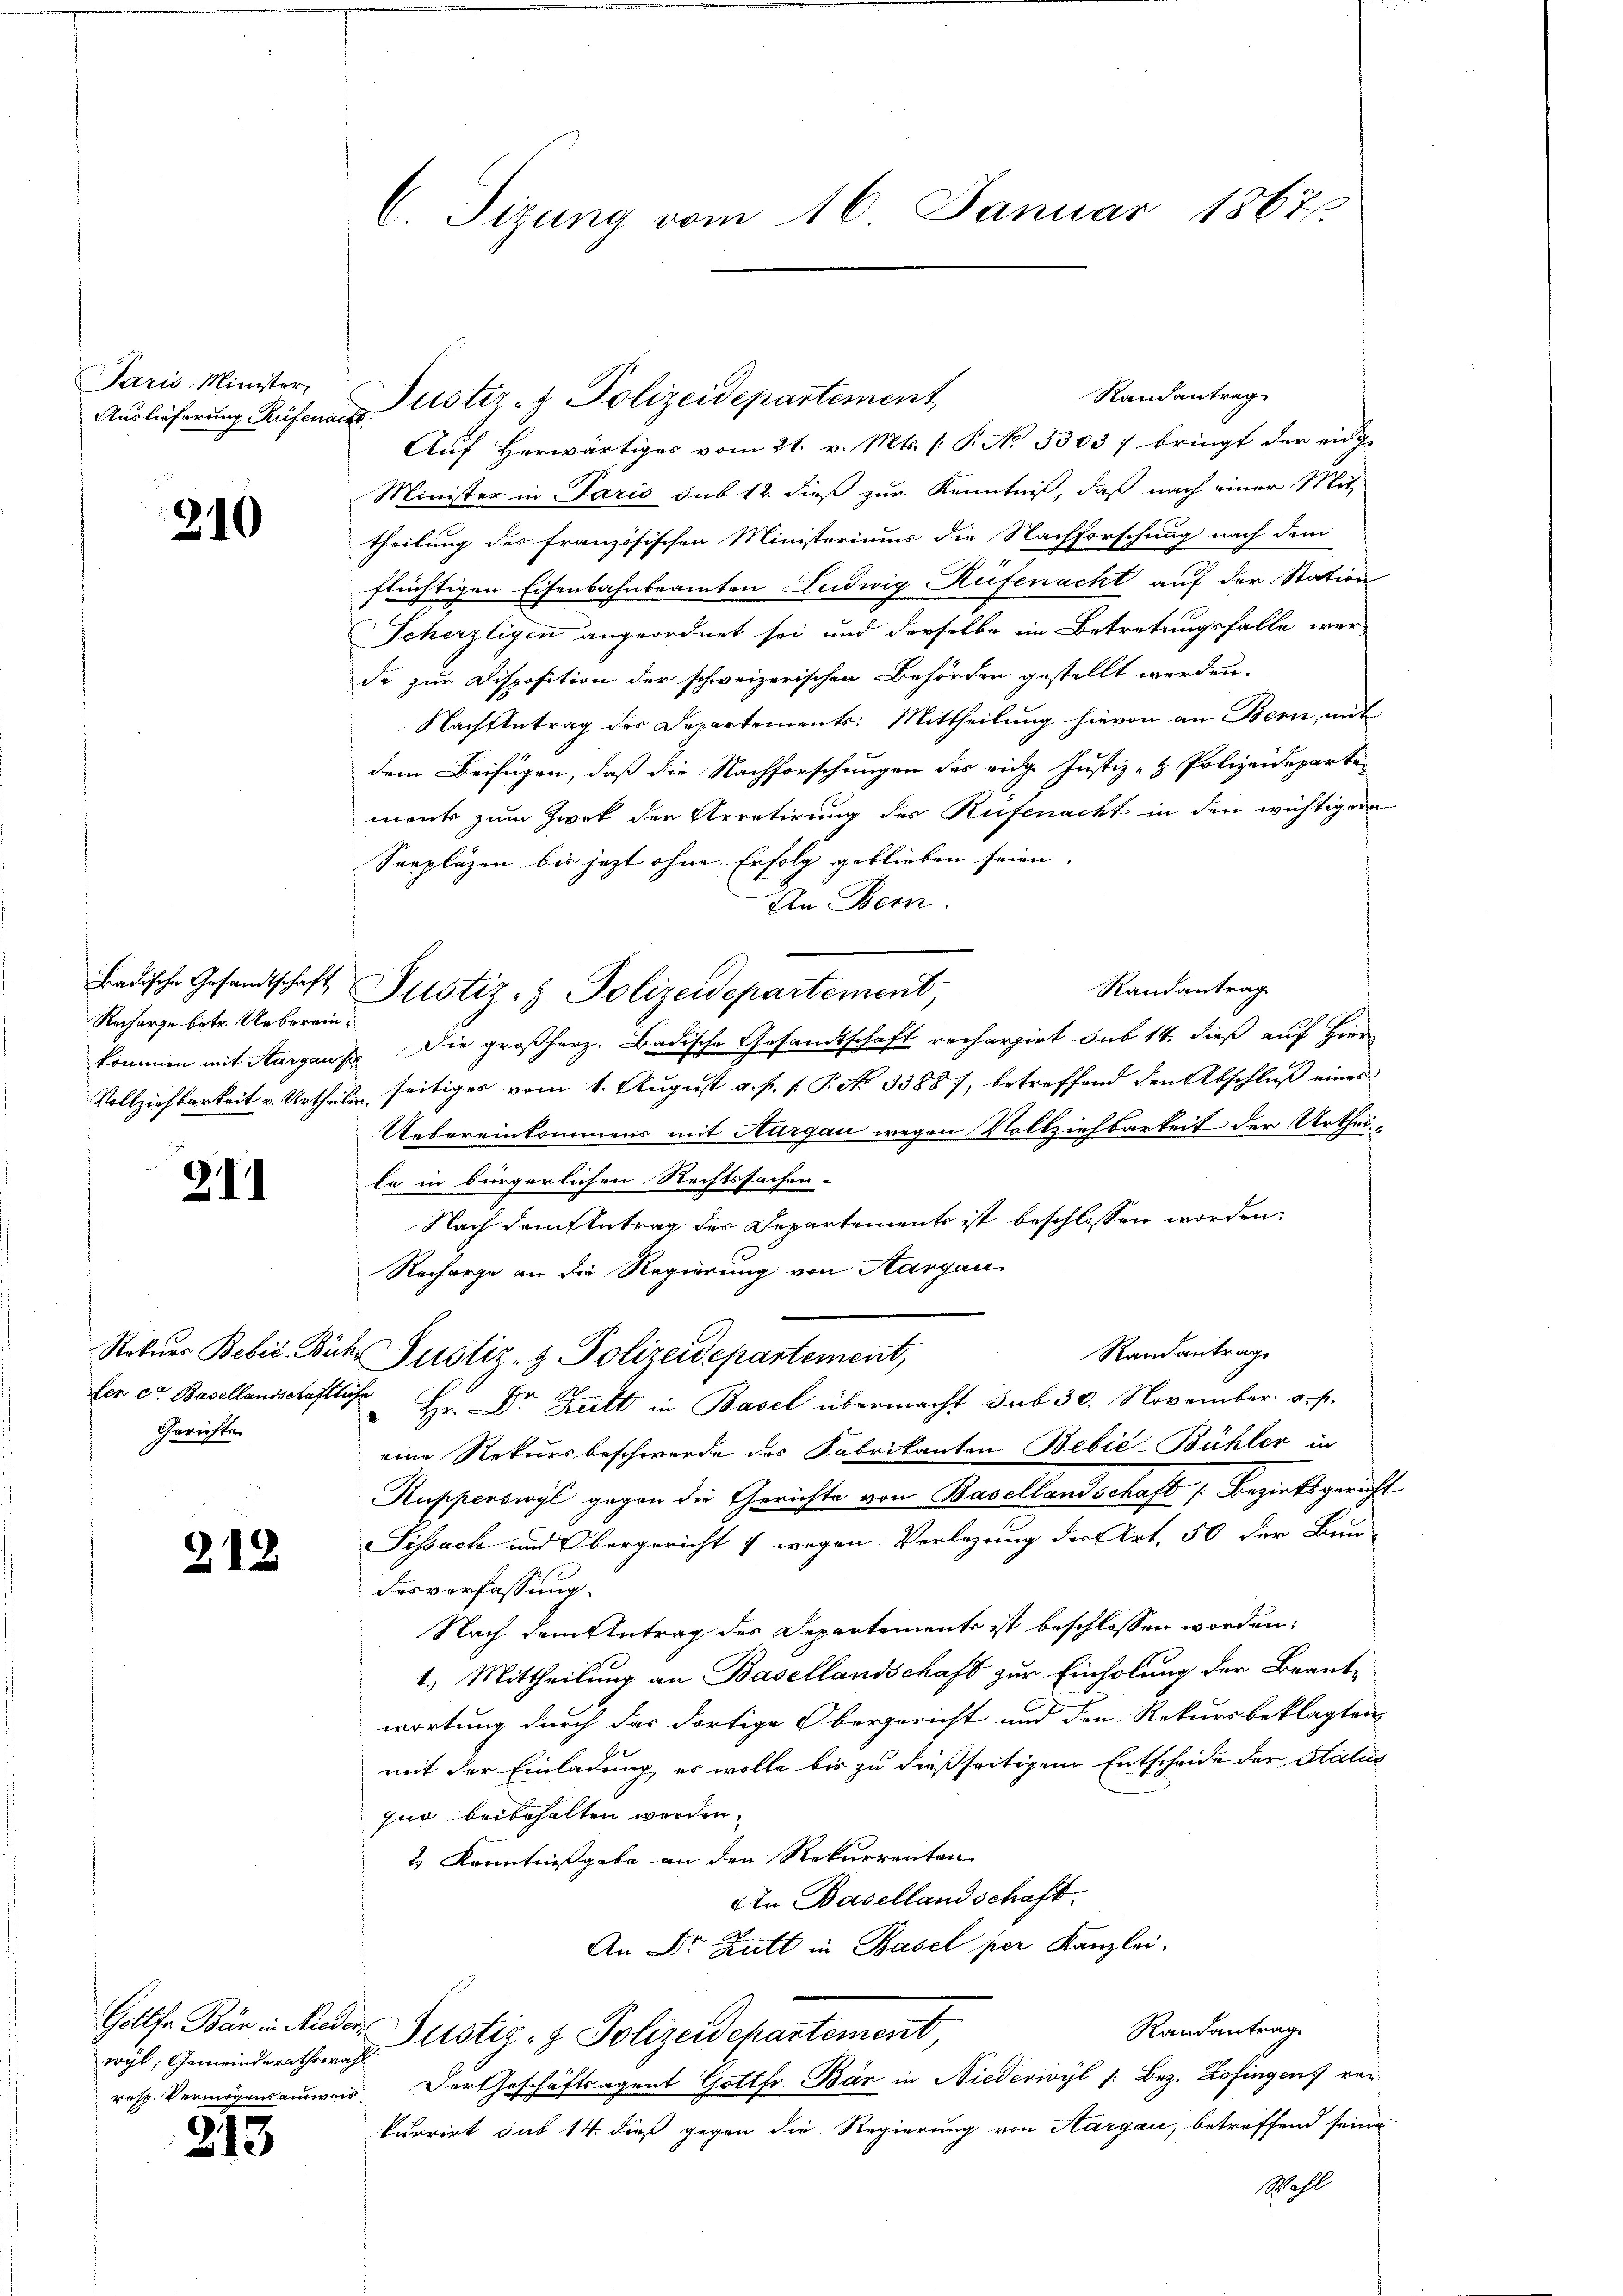
Paris Minister,

310

Recharge betr. Ueberein¬

211

Gerichte

212

wyl, Gemeinderathswahl

213

Randantrag
Auslieferung Rüfenaustiz- & Polizeidepartement
Aŭf herwärtiges vom 21. v. Mts. (: P. No 33037 bringt der eidge
Minister in Paris sub 12. dieß zur Kenntniß, daß nach einer Mit-
theilung des französischen Ministeriums die Nachforschung nach dem
flüchtigen Eisenbahnbeamten Ludwig Rüfenacht auf der Station
Scherzligen angeordnet sei und derselbe im Betretungsfalle wer-
de zur Disposition der schweizerischen Behörden gestellt werden.
Nachtetrag des Departements: Mittheilung hievon an Bern, mit
dem Beifügen, daß die Nachforschungen des eidge Justiz- & Polizeideparten
ments zum Zwek der Arretirung des Rüfenacht in den wichtiger
Seepläzen bis jezt ohne Erfolg geblieben seien.
An Bern.
Randantrag
kommen mit Aargau s. Die großherz. Badische Gesandtschaft rechargirt sub 14. dieß auf Hier
Vollziehbarkeit v. Urtheils seitiges vom 1. August a. p. 1. P. No 33887, betreffend den Abschluß eines
Uebereinkommens mit Aargau wegen Vollziehbarkeit der Urtheile in bürgerlichen Rechtssachen-
Nach dem Antrag der Departements ist beschlossen worden:
Recharge an die Regierung von Aargau
Randantrage
Rotuer Bebić-Bück Justiz- & Polizeidepartement,
ler er Basellandschaftlich Hr. Dr. Butt in Basel übermacht sub 30. November a. p.
eine Rekursbeschwerde des Fabrikanten Bebić-Bühler in
Rupperswyl gegen die Gerichte von Basellandschaft Bezirksgericht
Sissach und Obergericht 7 wegen Verlegung der Art. 50 der Bun-
desverfassung.
Nach dem Antrag des Departements ist beschlossen worden:
1.) Mittheilung an Basellandschaft zur Einholung der Beantwortung durch das dortige Obergericht und den Rekursbeklagten,
mit der Einladung, es wolle bis zu dießseitigem Entscheide der Status
quo beibehalten werden.
2) Kenntnisgabe an den Rekurrenten
An Basellandschaft.
An Dr. Butt in Basel per Kanzlei.
Randantrag
Gollfe Bär in Nieder Justiz- & Polizeidepartement
resp. Vermögensausweis. Der Geschäftsagent Gottfr. Bär in Niederivyl /: Bez. Zofingen von
kurrirt sub 14. dieß gegen die Regierung von Aargau, betreffend seine
Mahl

C. Sizung vom 16. Januar 1867.

Badische Gesandtschaft Justiz- & Polizeidepartement,